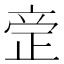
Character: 𰙪